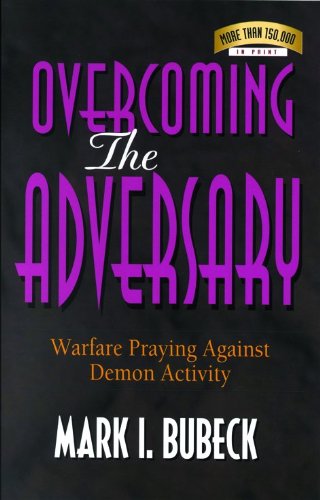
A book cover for Overcoming the Adversary: Warfare Praying Against Demon Activity; Mark I. Bubeck; Religion & Spirituality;